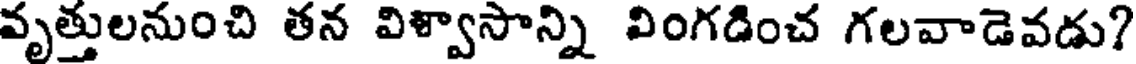
వృత్తులనుంచి తన విళ్వాసాన్ని వింగడించ గలవాడెవడు?